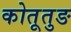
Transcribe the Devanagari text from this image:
कोतूतुङ